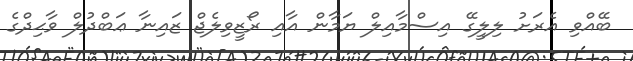
ބޭއްވި އެރަށު ލިލީގޭ އިސްމާއިލް ޔަމާން އާއި ރޯޒީވިލެޖް ޒައިނާ ޢަބްދުލް ވާޙިދްގެ